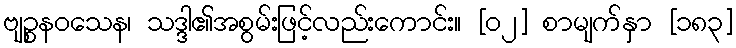
ဗျဉ္စနဝသေန၊ သဒ္ဒါ၏အစွမ်းဖြင့်လည်းကောင်း။ [၀၂] စာမျက်နှာ [၁၈၃]